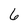
Character: 6